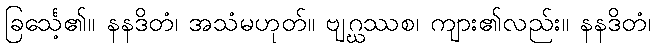
ခြင်္သေ့၏။ နနဒိတံ၊ အသံမဟုတ်။ ဗျဂ္ဃဿစ၊ ကျား၏လည်း။ နနဒိတံ၊